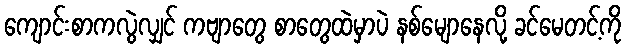
ကျောင်းစာကလွဲလျှင် ကဗျာတွေ စာတွေထဲမှာပဲ နစ်မျောနေလို့ ခင်မေတင့်ကို